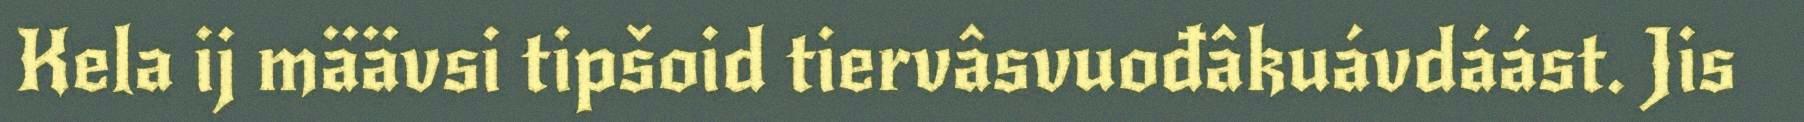
Kela ij määvsi tipšoid tiervâsvuođâkuávdáást. Jis